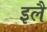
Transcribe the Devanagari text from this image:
इलै